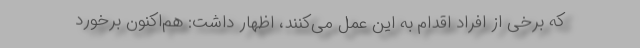
که برخی از افراد اقدام به این عمل می‌کنند، اظهار داشت: هم‌اکنون برخورد